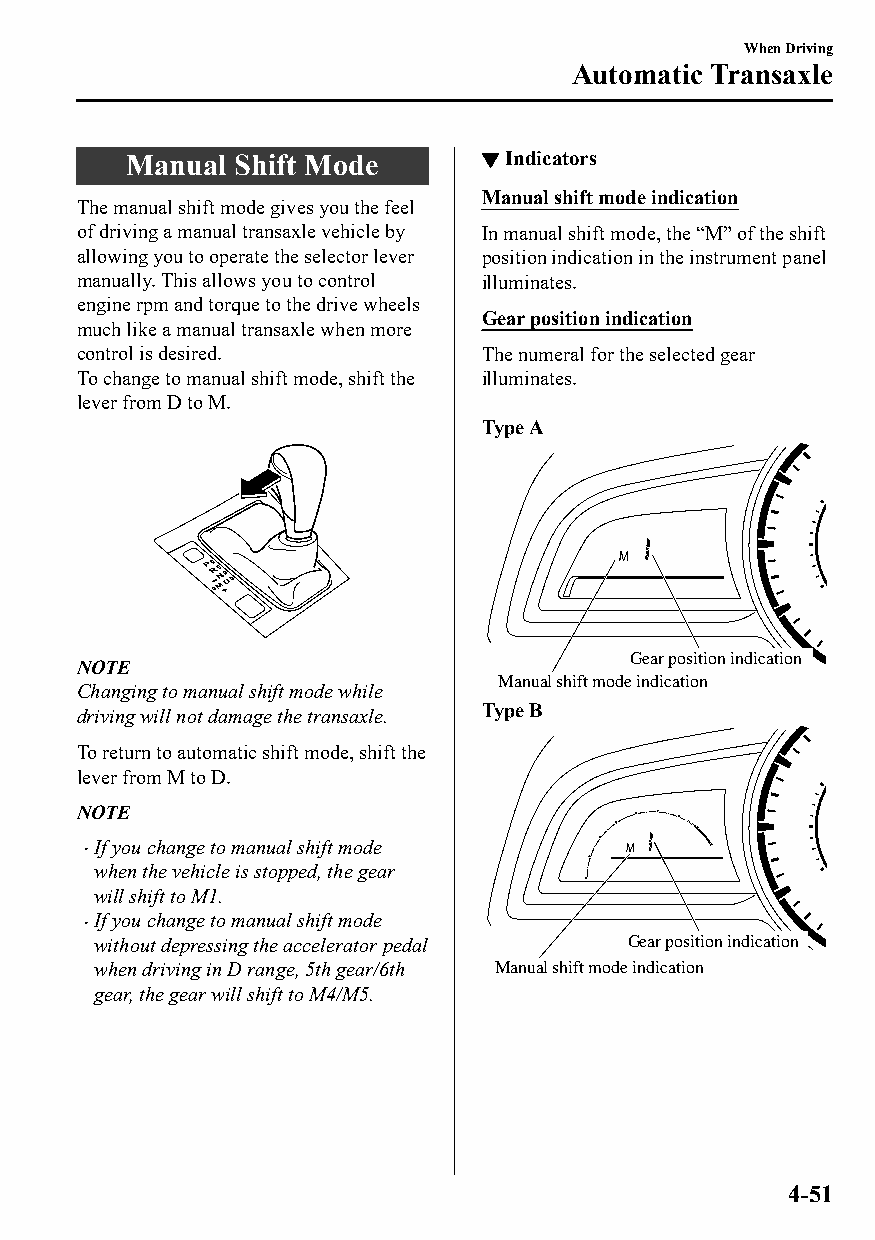
When Driving
 Automatic Transaxle
 Manual Shift Mode       ▼Indicators
 Manual shift mode indication
 The manual shift mode gives you the feel
 of driving a manual transaxle vehicle by In manual shift mode, the “M” of the shift
 allowing you to operate the selector lever position indication in the instrument panel
 manually. This allows you to control illuminates.
 engine rpm and torque to the drive wheels
 Gear position indication
 much like a manual transaxle when more
 control is desired.        The numeral for the selected gear
 To change to manual shift mode, shift the illuminates.
 lever from D to M.
 Type A
 Gear position indication
 NOTE
 Manual shift mode indication
 Changing to manual shift mode while
 driving will not damage the transaxle. Type B
 To return to automatic shift mode, shift the
 lever from M to D.
 NOTE
 If you change to manual shift mode
 
 when the vehicle is stopped, the gear
 will shift to M1.
 If you change to manual shift mode
 
 without depressing the accelerator pedal Gear position indication
 when driving in D range, 5th gear/6th Manual shift mode indication
 gear, the gear will shift to M4/M5.
 4-51
 CX-3_8GT4-EE-18D_Edition4                  2018-9-6 18:32:19